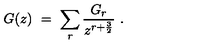
G ( z ) \ = \ \sum _ { r } { \frac { G _ { r } } { z ^ { r + { \frac { 3 } { 2 } } } } } \ .